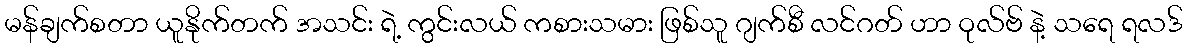
မန်ချက်စတာ ယူနိုက်တက် အသင်း ရဲ့ ကွင်းလယ် ကစားသမား ဖြစ်သူ ဂျက်စီ လင်ဂတ် ဟာ ဝုလ်ဗ် နဲ့ သရေ ရလဒ်